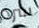
سرد